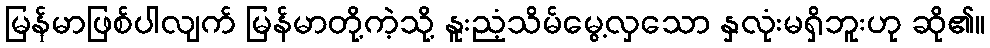
မြန်မာဖြစ်ပါလျက် မြန်မာတို့ကဲ့သို့ နူးညံ့သိမ်မွေ့လှသော နှလုံးမရှိဘူးဟု ဆို၏။